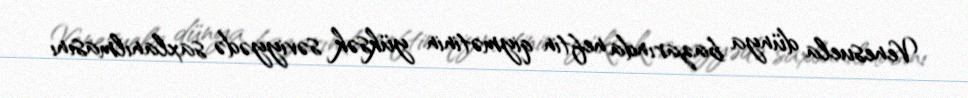
Venesuela dünya bazarında neftin qiymətinin yüksək səviyyədə saxlanılmasını